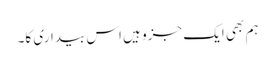
ہم بھی ایک جزو ہیں اس بیداری کا۔